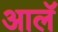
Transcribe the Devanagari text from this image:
आलॅ